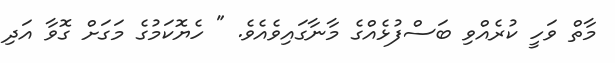
މާތް ވަހީ ކުރެއްވި ބަސްފުޅެއްގެ މާނާގައިވެއެވެ. " ހެޔޮކަމުގެ މަގަށް ގޮވާ އަދި